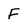
Character: F